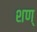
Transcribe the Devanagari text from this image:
शण्